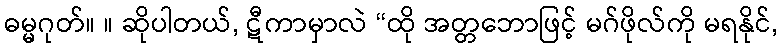
ဓမ္မဂုတ်။ ။ ဆိုပါတယ်, ဋီကာမှာလဲ “ထို အတ္တဘောဖြင့် မဂ်ဖိုလ်ကို မရနိုင်,